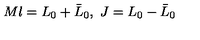
M l = L _ { 0 } + \bar { L } _ { 0 } , \ J = L _ { 0 } - \bar { L } _ { 0 }